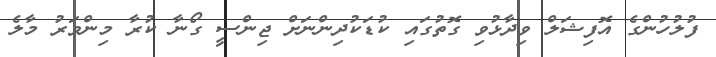
ފުލުހުންގެ އޮފިޝަލް ވިދާޅުވި ގޮތުގައި ކުޑަކުދިންނަށް ޖިންސީ ގޯނާ ކުރާ މިންވަރު މާލެ